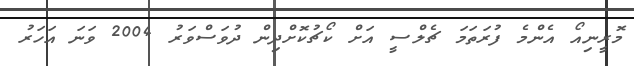
މޮރީނިއޯ އެންމެ ފުރަތަމަ ޗެލްސީ އަށް ކޯޗުކޮށްދިން ދުވަސްވަރު 2004 ވަނަ އަހަރު